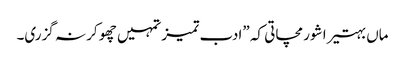
ماں بہتیرا شور مچاتی کہ ”ادب تمیز تمہیں چھو کر نہ گزری۔